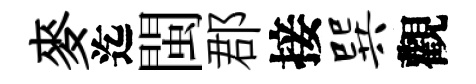
麥迄閩郡接巽觀